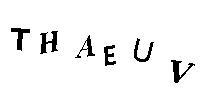
THAEUV